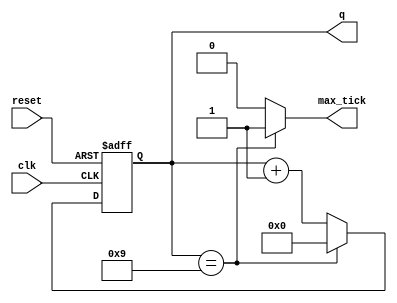
`timescale 1ns / 1ps
//////////////////////////////////////////////////////////////////////////////////
// Company: 
// Engineer: 
// 
// Design Name: 
// Module Name:    Max_Tick 
// Project Name: 
// Target Devices: 
// Tool versions: 
// Description: 
//
// Dependencies: 
//
// Revision: 
// Revision 0.01 - File Created
// Additional Comments: 
//
//////////////////////////////////////////////////////////////////////////////////
module Max_Tick
	#(parameter	M = 10) //take in parameter of how long the light will be high for 
	
	(input wire clk, reset,
	output wire max_tick,
	output wire [5:0] q);
	
	reg [5:0] r_reg =1'b0;
	wire [5:0] r_next;
	
	//set up states
	always @(posedge clk, posedge reset)
		if(reset)
			r_reg <= 0;
		else
			r_reg <= r_next;
		
	//next-state logic
	assign r_next = (r_reg ==(M-1)) ? 0 : r_reg + 1; // r_next = 0 if reg = M-1 else plus 1
	//output logic
	assign q = r_reg;
	assign max_tick = (r_reg ==(M-1)) ? 1'b1 : 1'b0; //max_tick goes high once the reg = the parameter read in 
endmodule